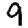
Digit: 9